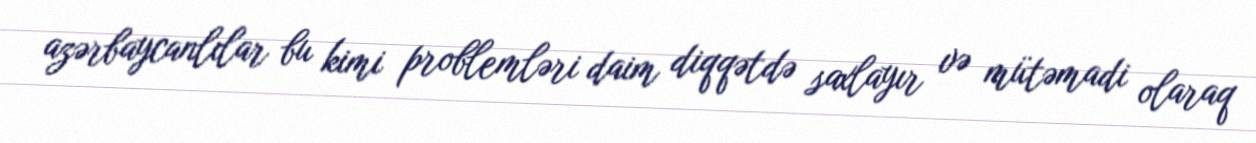
azərbaycanlılar bu kimi problemləri daim diqqətdə saxlayır və mütəmadi olaraq